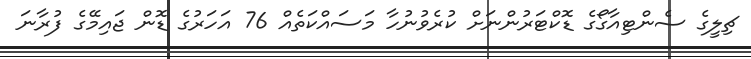
ޗިލީގެ ސެންޓިއާގޯގެ ޑޮކްޓަރުންނަށް ކުރެވުނުހާ މަސައްކަތެއް 76 އަހަރުގެ ޑޮން ޖައިމޭގެ ފުރާނަ